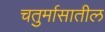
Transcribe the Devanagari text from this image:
चतुर्मासातील